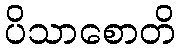
ပိသာစောတိ